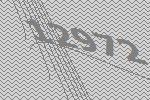
12972